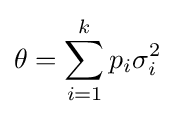
\theta =\sum _{i=1}^{k}p_{i}\sigma _{i}^{2}